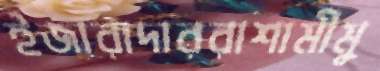
ইজারাদাররাশামীমু